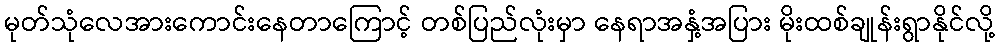
မုတ်သုံလေအားကောင်းနေတာကြောင့် တစ်ပြည်လုံးမှာ နေရာအနှံ့အပြား မိုးထစ်ချုန်းရွာနိုင်လို့